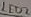
Text: LED2